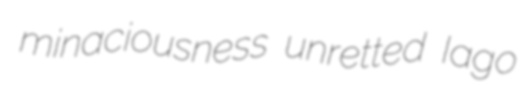
minaciousness unretted Iago